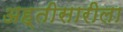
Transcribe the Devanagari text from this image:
अह्तीसारीला